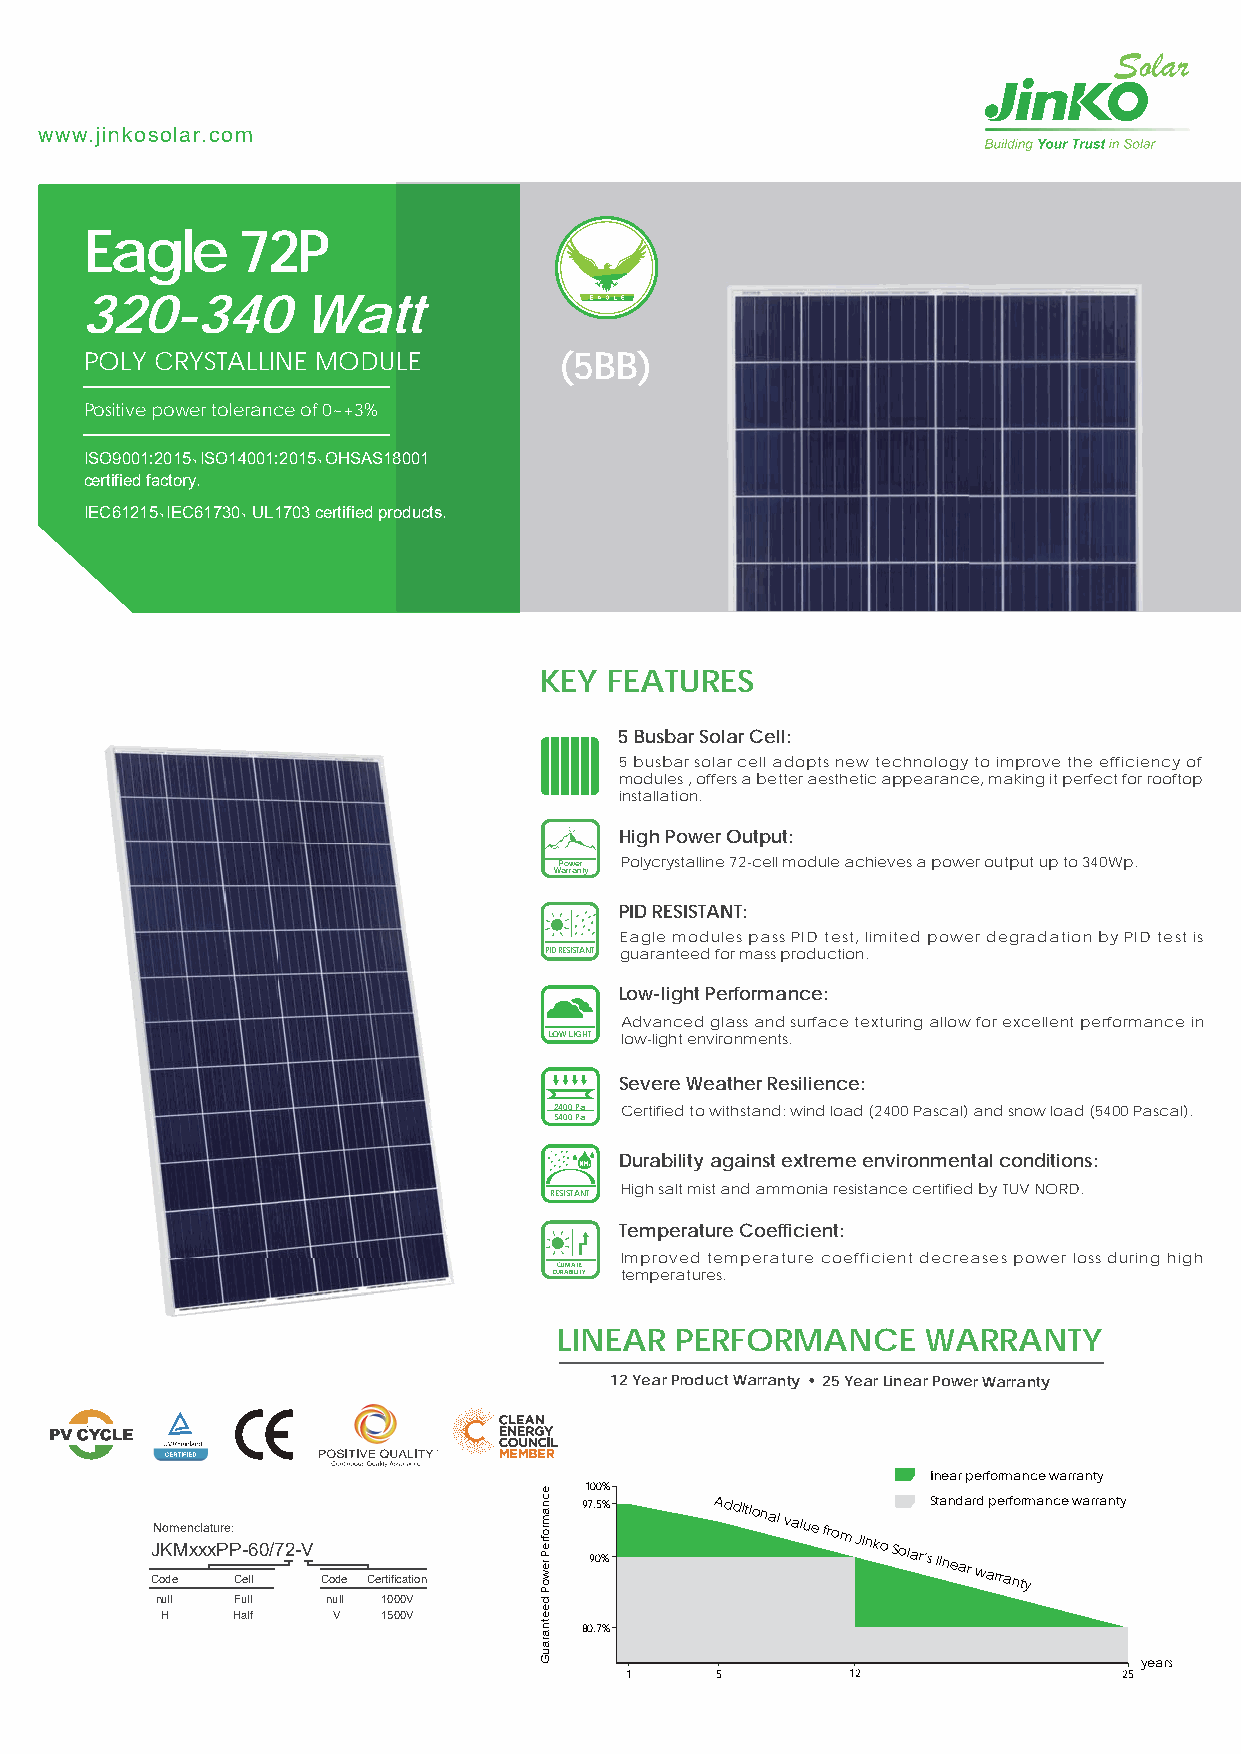
www.jinkosolar.com
 Eagle     72P
 320-340        Watt
 POLY CRYSTALLINE MODULE        (5BB)
 Positive power tolerance of 0~+3%
 ISO9001:2015、ISO14001:2015、OHSAS18001
 certified factory.
 IEC61215、IEC61730、 UL1703 certified products.
 KEY FEATURES
 5 Busbar Solar Cell:
 5 busbar solar cell adopts new technology to improve the efficiency of
 modules , offers a better aesthetic appearance, making it perfect for rooftop
 installation.
 High Power Output:
 Power Polycrystalline 72-cell module achieves a power output up to 340Wp.
 Warranty
 PID RESISTANT:
 Eagle modules pass PID test, limited power degradation by PID test is
 PID RESISTANT guaranteed for mass production.
 Low-light Performance:
 Advanced glass and surface texturing allow for excellent performance in
 LOW LIGHT low-light environments.
 Severe Weather Resilience:
 2400 Pa Certified to withstand: wind load (2400 Pascal) and snow load (5400 Pascal).
 5400 Pa
 Durability against extreme environmental conditions:
 High salt mist and ammonia resistance certified by TUV NORD.
 RESISTANT
 Temperature Coefficient:
 Improved temperature coefficient decreases power loss during high
 CLIMATE
 DURABILITY temperatures.
 LINEAR  PERFORMANCE     WARRANTY
 12 Year Product Warranty 25 Year Linear Power Warranty
 linear performance warranty
 100%
 CJN oKo dm eMen xc xla xtu Pre P:
 C- e6 ll0/72-V
 Code Certification
 97 9. 05 %% Additional
 value
 from
 Jinko
 Solar’sS lt ina end aa
 r
 wrd
 a
 p rre arf no tr ymance warranty
 null  Full  null 1000V
 H   Half   V  1500V
 80.7%
 years
 1     5        12                25
 ecnamrofreP
 rewoP
 deetnarauG